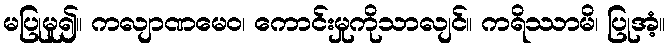
မပြုမူ၍။ ကလျာဏမေဝ၊ ကောင်းမှုကိုသာလျင်။ ကရိဿာမိ၊ ပြုအံ့။